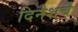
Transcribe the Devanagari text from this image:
दिनेशचे